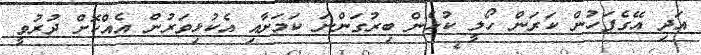
އަދި އޭގެފަހުން ކަރަން ހޯލީ ކުޅެން ބިރުގަންނަ ކަމަށާއި އެކުޅިވަރުން އެއްކޮށް ދުރުވީ